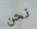
نحن